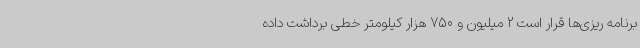
برنامه ریزی‌ها قرار است 2 میلیون و 750 هزار کیلومتر خطی برداشت داده